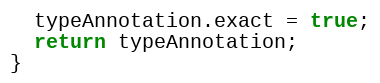
Language: JavaScript
  typeAnnotation.exact = true;
  return typeAnnotation;
}